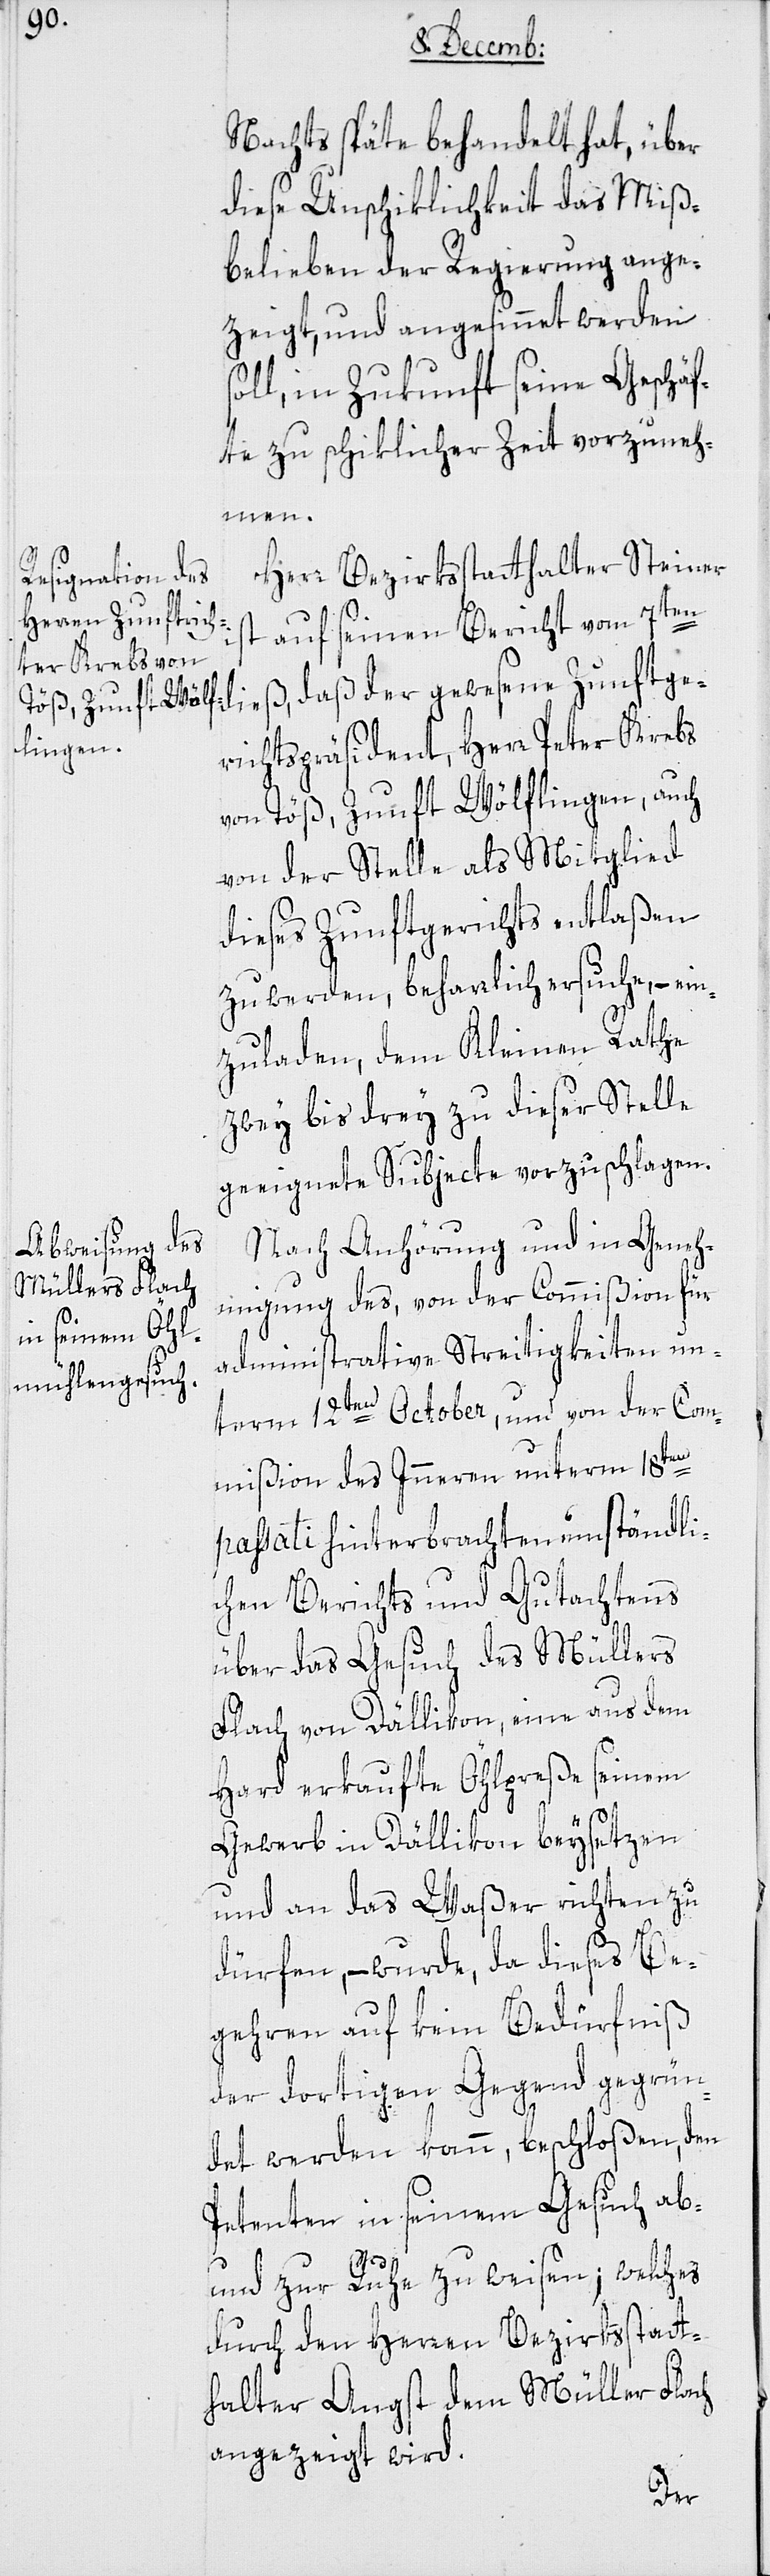
Nachts späte behandelt hat, über
diese Unschiklichkeit das Miß¬
belieben der Regierung ange¬
zeigt, und angesinnet werden s¬
oll, in Zukunft seine Geschäf¬
te zu schiklicher Zeit vorzuneh¬
men.
Herr Bezirksstatthalter Steiner
gewesene Zunftge¬
auf seinen Bericht vom 7ten
richtspräsident, Herr Peter Krebs
von Töß, Zunft Wölflingen, auch
von der Stelle als Mitglied
dieses Zunftgerichts entlaßen
zu werden, beharrlich ersuche, – ein¬
zuladen, dem Kleinen Rathe
zwey bis drey zu dieser Stelle
geeignete Subjecte vorzuschlagen.
Nach Anhörung und in Geneh¬
migung des, von der Commißion für
administrative Streitigkeiten un¬
term 12ten October, und von der Com¬
mißion des Inneren unterm 18ten
passati hinterbrachten umständli¬
chen Berichts und Gutachtens
über das Gesuch des Müllers
Flach von Dällikon, eine aus dem
Hard erkaufte Öhlpreße seinem
Gewerb in Dällikon beysetzen
und an das Waßer richten zu
dürfen, – wurde, da dieses Be¬
gehren auf kein Bedürfniß
der dortigen Gegend gegrün¬
det werden kann, beschloßen, den
Petenten in seinem Gesuch ab-
und zur Ruhe zu weisen; welches
durch den Herren Bezirksstatt¬
halter Angst dem Müller Flach
angezeigt wird.
der